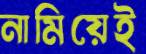
নামিয়েই